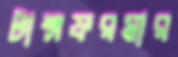
টান্সফরমার